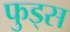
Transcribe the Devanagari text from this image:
फुड्स